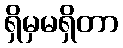
ရှိမှမရှိတာ